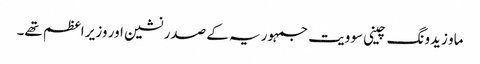
ماو زیدونگ چینی سوویت جمہوریہ کے صدر نشین اور وزیر اعظم تھے۔